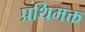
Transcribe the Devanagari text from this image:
प्रथिमक्त